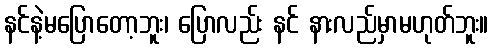
နင်နဲ့မပြောတော့ဘူး၊ ပြောလည်း နင် နားလည်မှာမဟုတ်ဘူး။